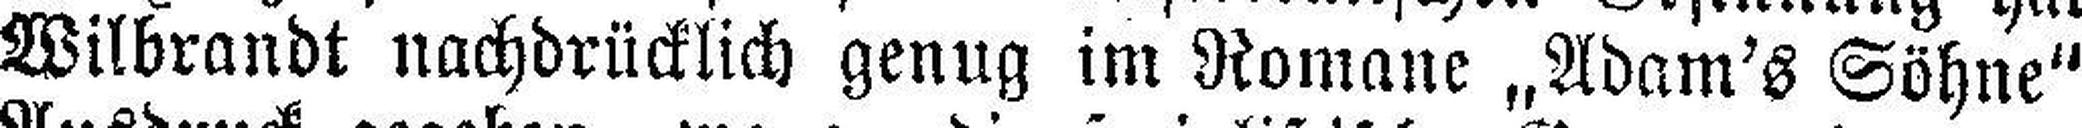
Wilbrandt nachdrücklich genug im Romane „Adam's Söhne"